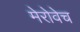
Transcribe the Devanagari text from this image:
मेरोवेच